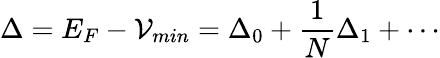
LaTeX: \Delta=E_{F}-\mathcal{V}_{min}=\Delta_{0}+\frac{{1}}{{N}}\Delta_{1}+\cdots